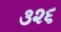
૩૨૬